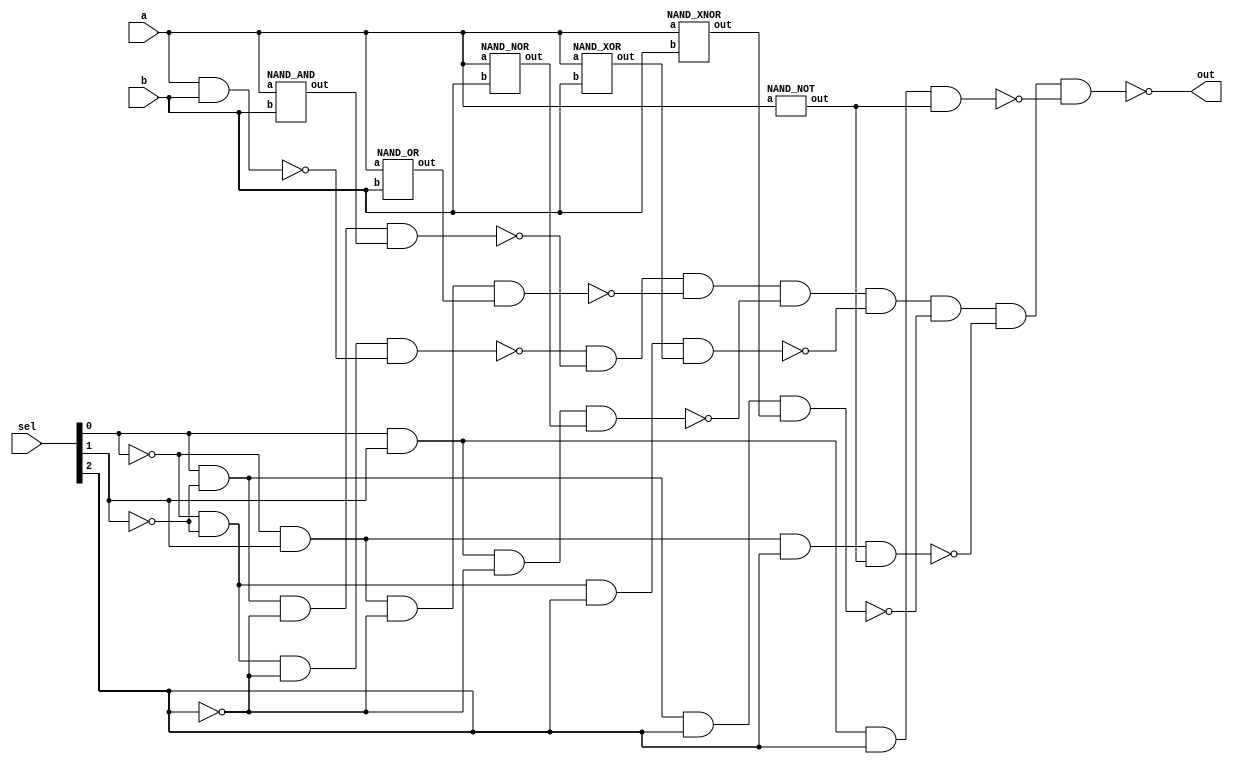
`timescale 1ns/1ps

module NAND_Implement (a, b, sel, out);
input a, b;
input [2:0] sel;
output out;

wire neg0, neg1, neg2;
wire sel000, sel001, sel010, sel011, sel100, sel101, sel110, sel111;
wire Not, Nor, And, Or, Xor, Xnor, Nand;

nand nandgate(Nand, a, b);
NAND_NOT notgate(.out(Not), .a(a));
NAND_AND andgate(.out(And), .a(a), .b(b));
NAND_OR orgate(.out(Or), .a(a), .b(b));
NAND_NOR norgate(.out(Nor), .a(a), .b(b));
NAND_XOR xorgate(.out(Xor), .a(a), .b(b));
NAND_XNOR xnorgate(.out(Xnor), .a(a), .b(b));

nand not0(neg0, sel[0]);
nand not1(neg1, sel[1]);
nand not2(neg2, sel[2]);

nand sel0(sel000, neg0, neg1, neg2, Nand);
nand sel1(sel001, sel[0], neg1, neg2, And);
nand sel2(sel010, neg0, sel[1], neg2, Or);
nand sel3(sel011, sel[0], sel[1], neg2, Nor);
nand sel4(sel100, neg0, neg1, sel[2], Xor);
nand sel5(sel101, sel[0], neg1, sel[2], Xnor);
nand sel6(sel110, neg0, sel[1], sel[2], Not);
nand sel7(sel111, sel[0], sel[1], sel[2], Not);

nand out0(out, sel000, sel001, sel010, sel011, sel100, sel101, sel110, sel111);

endmodule


module NAND_NOT (out, a);
input a;
output out;

nand nand1(out, a, a);
endmodule


module NAND_AND (out, a, b);
input a, b;
output out;

wire ab_n;

nand nand1(ab_n, a, b);
nand nand_not(out, ab_n, ab_n);
endmodule


module NAND_OR(out, a, b);
input a, b;
output out;

wire a_n, b_n;

nand nota(a_n, a, a);
nand notb(b_n, b, b);
nand nand1(out, a_n, b_n);
endmodule


module NAND_NOR(out, a, b);
input a, b;
output out;

wire orab;

NAND_OR or1(.out(orab), .a(a), .b(b));
nand not1(out, orab, orab);
endmodule


module NAND_XOR(out, a, b);
input a, b;
output out;

wire a_n, b_n, andab, andab2;

nand nota(a_n, a, a);
nand notb(b_n, b, b);
nand nand1(andab, a, b_n);
nand nand2(andab2, a_n, b);
nand nand3(out, andab, andab2);
endmodule


module NAND_XNOR(out, a, b);
input a, b;
output out;

wire xorab;

NAND_XOR xor1(.out(xorab), .a(a), .b(b));
nand not1(out, xorab, xorab);
endmodule